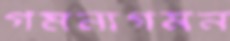
গমনাগমন